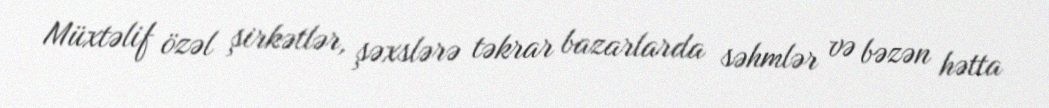
Müxtəlif özəl şirkətlər, şəxslərə təkrar bazarlarda səhmlər və bəzən hətta